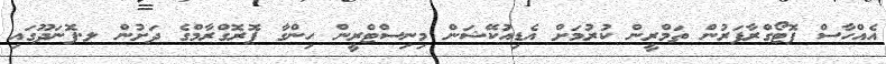
އެއްހާސް ފޮޓޯގްރާފަރުން ތަމްރީން ކުރުމަށް އެޑިއުކޭޝަން މިނިސްޓްރީން ހިންގާ ޕޮރޮގްރާމްގެ ދަށުން ލ.ފޮނަދޫގައި